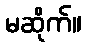
မဆိုက်။